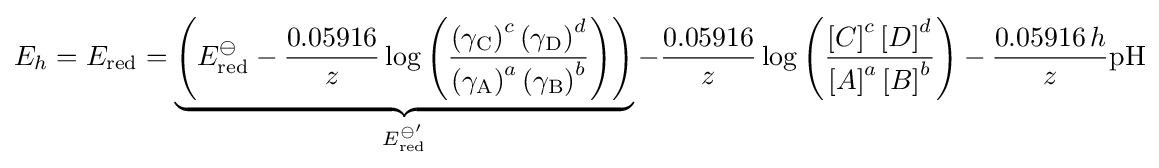
E_{h}=E_{\text{red}}=\underbrace {\left(E_{\text{red}}^{\ominus }-{\frac {0.05916}{z}}\log \left({\frac {\left({\gamma _{\text{C}}}\right)^{c}\left({\gamma _{\text{D}}}\right)^{d}}{\left({\gamma _{\text{A}}}\right)^{a}\left({\gamma _{\text{B}}}\right)^{b}}}\right)\right)} _{E_{\text{red}}^{\ominus '}}-{\frac {0.05916}{z}}\log \left({\frac {\left[C\right]^{c}\left[D\right]^{d}}{\left[A\right]^{a}\left[B\right]^{b}}}\right)-{\frac {0.05916\,h}{z}}{\text{pH}}